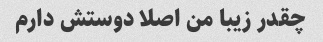
چقدر زیبا من اصلا دوستش دارم